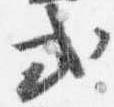
式